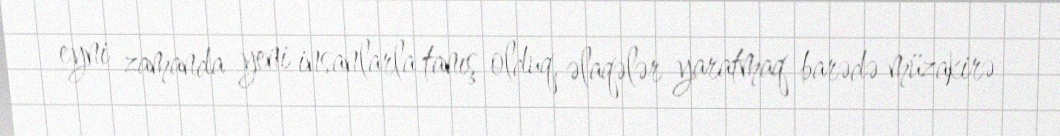
eyni zamanda yeni insanlarla tanış olduq, əlaqələr yaratmaq barədə müzakirə